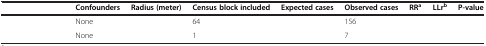
<table><thead><tr><td>[EMPTY_CELL]</td><td><b>Confounders</b></td><td><b>Radius (meter)</b></td><td><b>Census block included</b></td><td><b>Expected cases</b></td><td><b>Observed cases</b></td><td><b>RR<sup>a</sup></b></td><td><b>LLr<sup>b</sup></b></td><td><b>P-value</b></td></tr></thead><tbody><tr><td>[EMPTY_CELL]</td><td>None</td><td>[EMPTY_CELL]</td><td>64</td><td>[EMPTY_CELL]</td><td>156</td><td>[EMPTY_CELL]</td><td>[EMPTY_CELL]</td><td>[EMPTY_CELL]</td></tr><tr><td>[EMPTY_CELL]</td><td>None</td><td>[EMPTY_CELL]</td><td>1</td><td>[EMPTY_CELL]</td><td>7</td><td>[EMPTY_CELL]</td><td>[EMPTY_CELL]</td><td>[EMPTY_CELL]</td></tr></tbody></table>